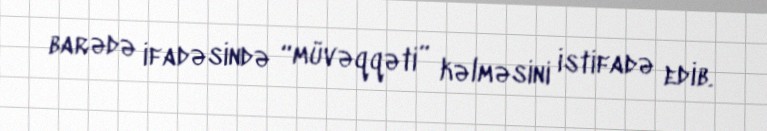
barədə ifadəsində “müvəqqəti” kəlməsini istifadə edib.